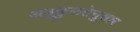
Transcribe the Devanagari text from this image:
अनुकुलतेनुसार